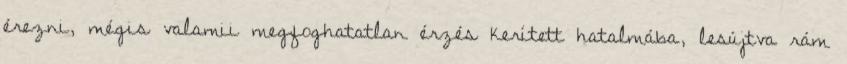
érezni, mégis valamii megfoghatatlan érzés kerített hatalmába, lesújtva rám